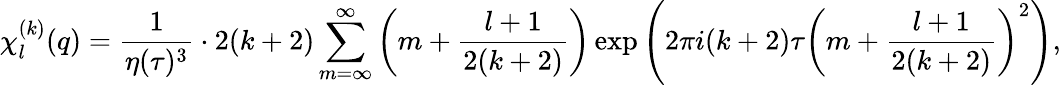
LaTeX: \chi_{l}^{(k)}(q)={\frac{1}{\eta(\tau)^{3}}}\cdot 2(k+2)\sum_{m=\infty}^{\infty}\left(m+{\frac{l+1}{2(k+2)}}\right)\exp\left(2\pi i(k+2)\tau\left(m+{\frac{l+1}{2(k+2)}}\right)^{2}\right),